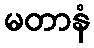
မတာနံ